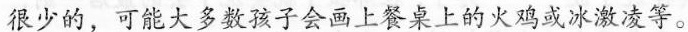
很少的，可能大多数孩子会画上餐桌上的火鸡或冰激凌等。